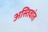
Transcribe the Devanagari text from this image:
अस्तिवांत